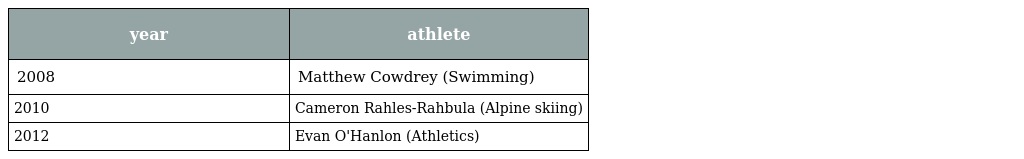
| year | athlete |
 | --- | --- |
 | 2008 | Matthew Cowdrey (Swimming) |
 | 2010 | Cameron Rahles-Rahbula (Alpine skiing) |
 | 2012 | Evan O'Hanlon (Athletics) |